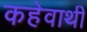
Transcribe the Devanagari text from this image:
कहेवाथी